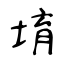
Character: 堉